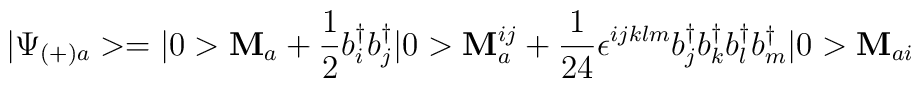
|\Psi_{(+)a}>=|0>{\bf M}_a+\frac{1}{2}b_i^{\dagger}b_j^{\dagger}|0>{\bf M}_a^{ij}+\frac{1}{24}\epsilon^{ijklm}b_j^{\dagger}b_k^{\dagger}b_l^{\dagger}b_m^{\dagger}|0>{\bf M}_{ai}